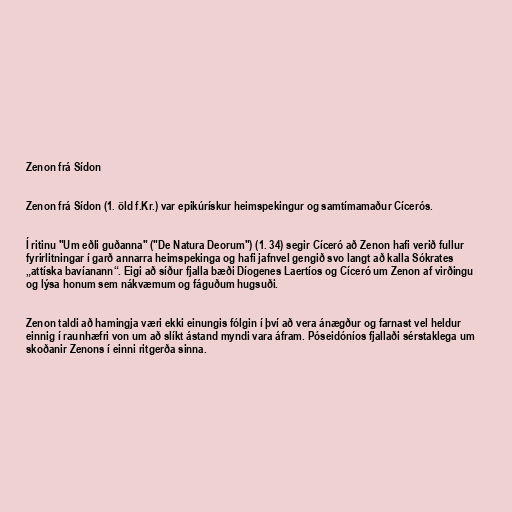
Zenon frá Sídon

Zenon frá Sídon (1. öld f.Kr.) var epikúrískur heimspekingur og samtímamaður Cícerós.

Í ritinu "Um eðli guðanna" ("De Natura Deorum") (1. 34) segir Cíceró að Zenon hafi verið fullur
fyrirlitningar í garð annarra heimspekinga og hafi jafnvel gengið svo langt að kalla Sókrates
„attíska bavíanann“. Eigi að síður fjalla bæði Díogenes Laertíos og Cíceró um Zenon af virðingu
og lýsa honum sem nákvæmum og fáguðum hugsuði.

Zenon taldi að hamingja væri ekki einungis fólgin í því að vera ánægður og farnast vel heldur
einnig í raunhæfri von um að slíkt ástand myndi vara áfram. Póseidóníos fjallaði sérstaklega um
skoðanir Zenons í einni ritgerða sinna.